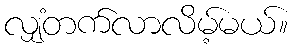
လျှံတက်လာလိမ့်မယ်။